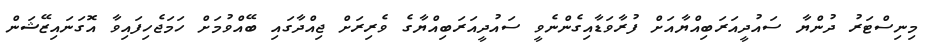
މިނިސްޓަރު ދުންޔާ ސައުދީއަރަބިއްޔާއަށް ފުރާވަޑާއިގެންނެވީ ސައުދީއަރަބިއްޔާގެ ވެރިރަށް ޖިއްދާގައި ބޭއްވުމަށް ހަމަޖެހިފައިވާ އޮގަނައިޒޭޝަން